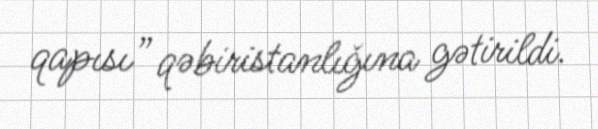
qapısı” qəbiristanlığına gətirildi.